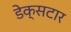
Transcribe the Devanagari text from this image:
डेक्सटार